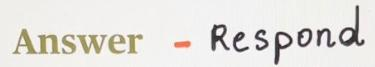
Answer - Respond